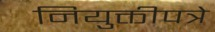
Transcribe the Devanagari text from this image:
नियुक्तीपत्रे